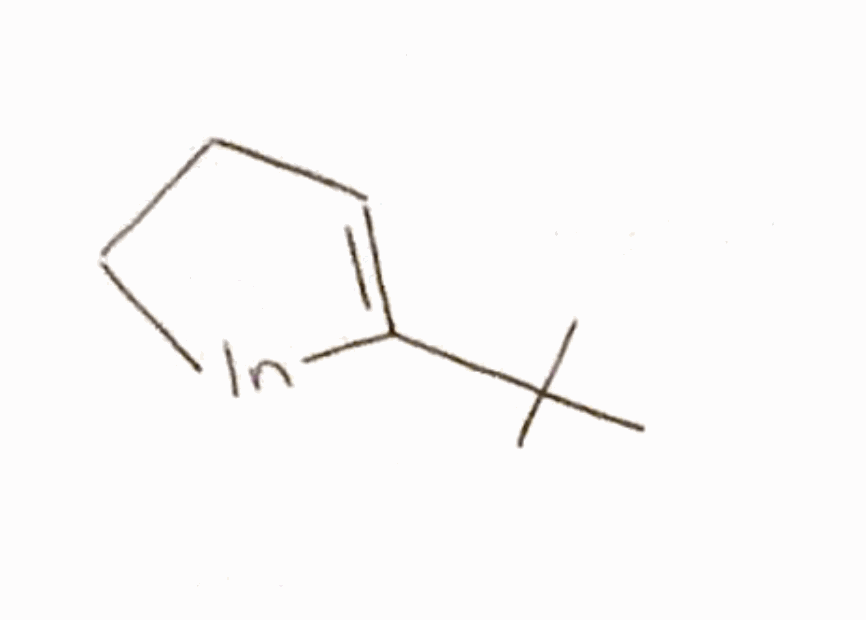
Simplified molecular-input line-entry system (SMILES) notation of the given molecule:
CC(C)(C)C1=CCC[In]1